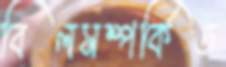
বিলসম্পর্কিত